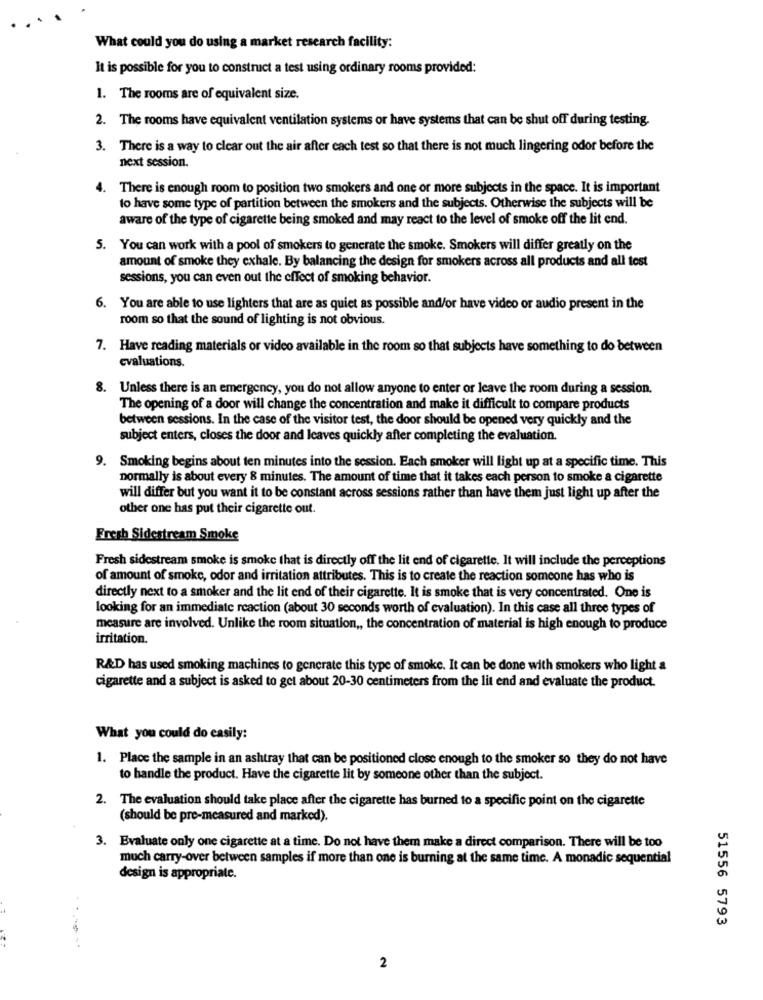
What could you do using a market research facility:
It is possible for you to construct a test using ordinary rooms provided:
1. The rooms are of equivalent size.
2. The rooms have equivalent ventilation systems or have systems that can be shut off during testing.
3. There is a way to clear out the air after each test so that there is not much lingering odor before the
next session.
4. There is enough room to position two smokers and one or more subjects in the space. It is important
to have some type of partition between the smokers and the subjects. Otherwise the subjects will be
aware of the type of cigarette being smoked and may react to the level of smoke off the lit end.
5. You can work with a pool of smokers to generate the smoke. Smokers will differ greatly on the
amount of smoke they exhale. By balancing the design for smokers across all products and all test
sessions, you can even out the effect of smoking behavior.
6. You are able to use lighters that are as quiet as possible and/or have video or audio present in the
room so that the sound of lighting is not obvious.
7. Have reading materials or video available in the room so that subjects have something to do between
cvaluations.
8. Unless there is an emergency, you do not allow anyone to enter or leave the room during a session.
The opening of a door will change the concentration and make it difficult to compare products
between sessions. In the case of the visitor test, the door should be opened very quickly and the
subject enters, closes the door and leaves quickly after completing the evaluation.
9. Smoking begins about ten minutes into the session. Each smoker will light up at a specific time. This
normally is about every 8 minutes. The amount of time that it takes each person to smoke a cigarette
will differ but you want it to be constant across sessions rather than have them just light up after the
other one has put their cigarette out.
Fresh Sidestream Smoke
Fresh sidestream smoke is smoke that is directly off the lit end of cigarette. It will include the perceptions
of amount of smoke, odor and irritation attributes. This is to create the reaction someone has who is
directly next to a smoker and the lit end of their cigarette. It is smoke that is very concentrated. One is
looking for an immediate reaction (about 30 seconds worth of evaluation). In this case all three types of
measure are involved. Unlike the room situation ,, the concentration of material is high enough to produce
irritation.
R&D has used smoking machines to generate this type of smoke. It can be done with smokers who light a
cigarette and a subject is asked to get about 20-30 centimeters from the lit end and evaluate the product.
What you could do easily:
1. Place the sample in an ashtray that can be positioned close enough to the smoker so they do not have
to handle the product. Have the cigarette lit by someone other than the subject.
2. The evaluation should take place after the cigarette has burned to a specific point on the cigarette
(should be pre-measured and marked).
3. Evaluate only one cigarette at a time. Do not have them make a direct comparison. There will be too
much carry-over between samples if more than one is burning at the same time. A monadic sequential
design is appropriate.
51556 5793
2